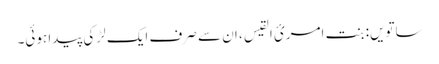
ساتویں: بنت امریٴ القیس ، ان سے صرف ایک لڑکی پیدا ہوئی۔